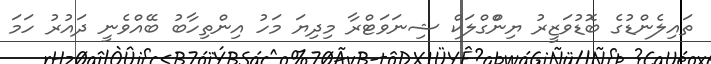
ތައިލެންޑުގެ ބޮޑުވަޒީރު ޔިންްގްލަކް ޝިނަވަޓްރާ މިދިޔަ މަހު އިންތިހާބު ބޭއްވެނީ ދައުރު ހަމަ